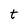
Character: t